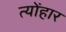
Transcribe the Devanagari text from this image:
त्योंहार